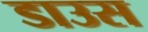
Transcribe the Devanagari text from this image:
डाउस